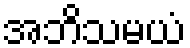
အဘိသမယံ